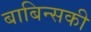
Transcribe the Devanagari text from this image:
बाबिन्सकी